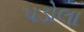
પડોલા